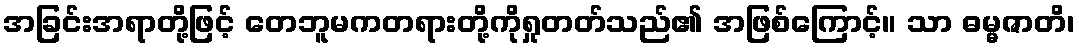
အခြင်းအရာတို့ဖြင့် တေဘူမကတရားတို့ကိုရှုတတ်သည်၏ အဖြစ်ကြောင့်။ သာ ဓမ္မဇာတိ၊